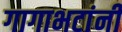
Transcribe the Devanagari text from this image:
गागाभटांनी